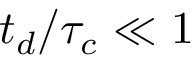
t _ { d } / \tau _ { c } \ll 1